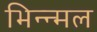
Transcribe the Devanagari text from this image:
भिन्न्मल